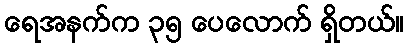
ရေအနက်က ၃၅ ပေလောက် ရှိတယ်။